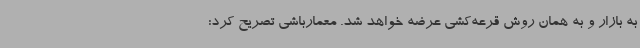
به بازار و به همان روش قرعه‌کشی عرضه خواهد شد. معمارباشی تصریح کرد: